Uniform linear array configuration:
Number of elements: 16
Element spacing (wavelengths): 0.25
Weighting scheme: exponential
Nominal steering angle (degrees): -15
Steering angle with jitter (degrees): -13.518
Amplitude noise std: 0.05
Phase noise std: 0.05

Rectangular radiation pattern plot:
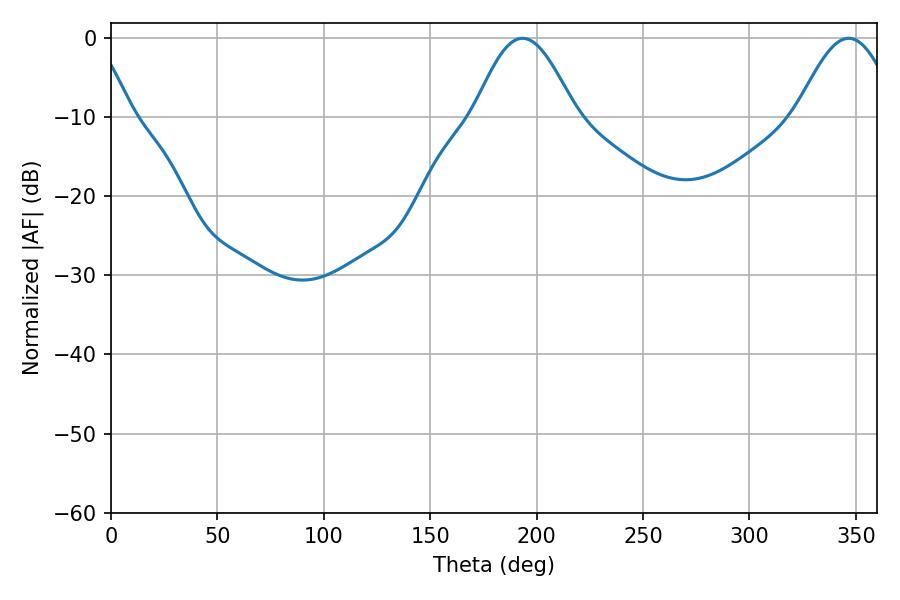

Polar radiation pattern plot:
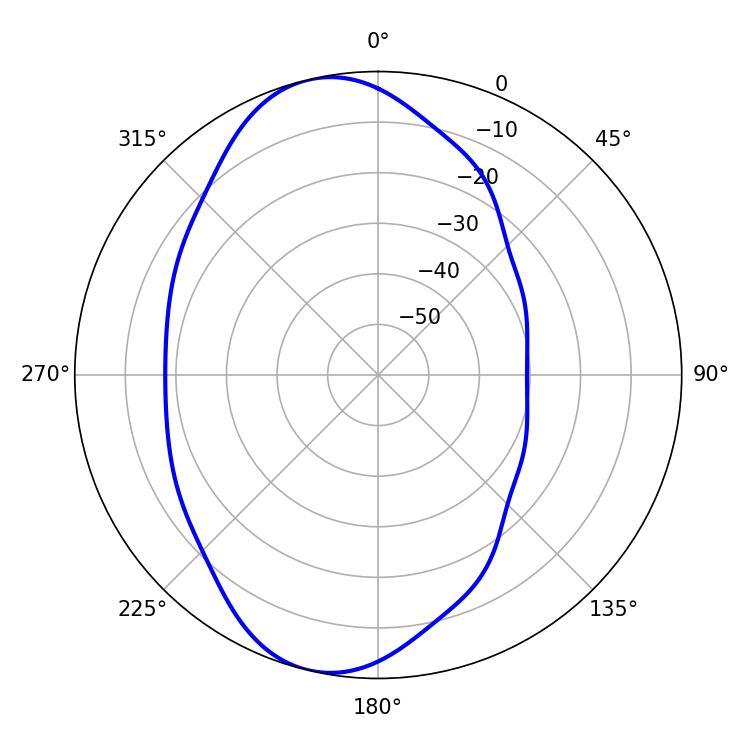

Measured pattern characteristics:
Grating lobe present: FALSE
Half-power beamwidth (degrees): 25.56
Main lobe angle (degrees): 193.32